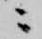
ニ